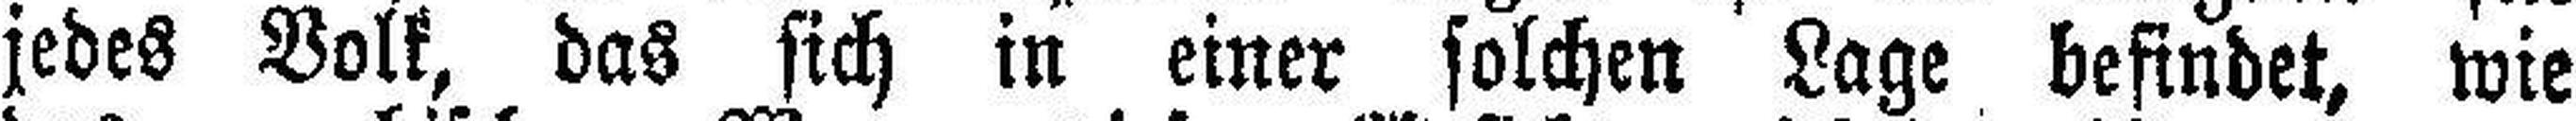
jedes Volk, das sich in einer solchen Lage befindet, wie